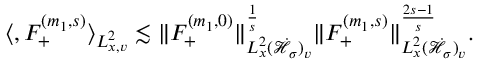
\begin{array} { r } { \langle , F _ { + } ^ { ( m _ { 1 } , s ) } \rangle _ { L _ { x , v } ^ { 2 } } \lesssim \| F _ { + } ^ { ( m _ { 1 } , 0 ) } \| _ { L _ { x } ^ { 2 } ( \dot { \mathcal H } _ { \sigma } ) _ { v } } ^ { \frac { 1 } { s } } \| F _ { + } ^ { ( m _ { 1 } , s ) } \| _ { L _ { x } ^ { 2 } ( \dot { \mathcal H } _ { \sigma } ) _ { v } } ^ { \frac { 2 s - 1 } { s } } . } \end{array}